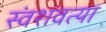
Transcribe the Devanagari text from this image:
स्वंशवत्या